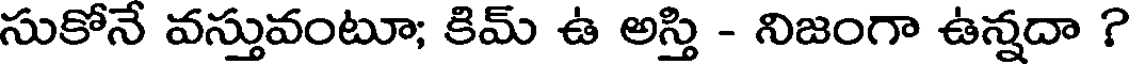
సుకోనే వస్తువంటూ; కిమ్ ఉ అస్తి - నిజంగా ఉన్నదా ?